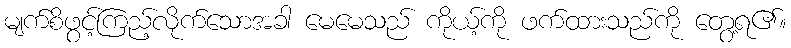
မျက်စိဖွင့်ကြည့်လိုက်သောအခါ မေမေသည် ကိုယ့်ကို ဖက်ထားသည်ကို တွေ့ရ၏။